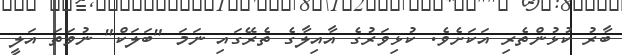
ބާރު ކުޅުންތެރި އަކަށެވެ. ކުޅިވަރުގެ އާއިލާގެ ތެރޭގައި ނަމަ "ބަަލަކް" ނުވަތަ އަލީ